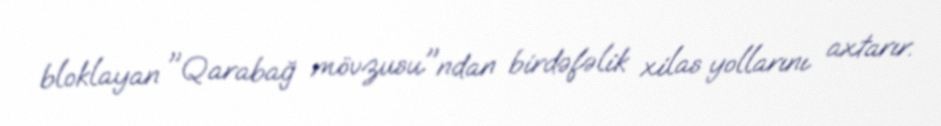
bloklayan "Qarabağ mövzusu"ndan birdəfəlik xilas yollarını axtarır.